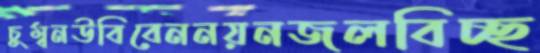
চুম্বনউবিবেননয়নজলবিচ্ছ